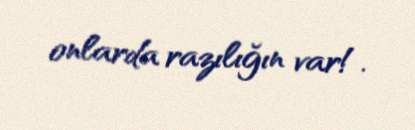
onlarda razılığın var!.